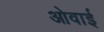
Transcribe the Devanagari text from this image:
ओवाई